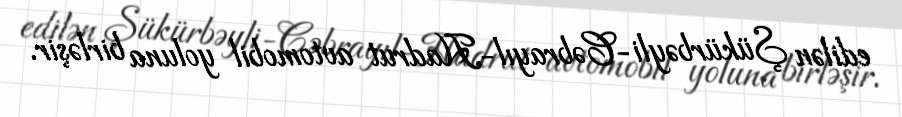
edilən Şükürbəyli-Cəbrayıl-Hadrut avtomobil yoluna birləşir.